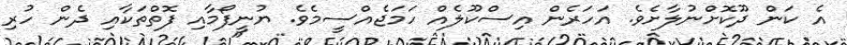
އެ ކަން ދޫކޮށްނުލާށެވެ. އަހަރެން އިސްކޫލެއް ހަމަޖެއްސީމެވެ. ޔުނީފޯމާއި ފޮތްތަކާއި ދެން ހުރި